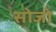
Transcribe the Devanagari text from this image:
सोजो